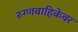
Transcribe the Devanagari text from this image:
रुग्णवाहिकेवर